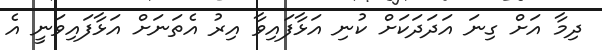
ދިމާ އަށް ގިނަ އަދަދަކަށް ކުނި އަޅާފައިވާ އިރު އެތަނަށް އަޅާފައިވަނީ އެ